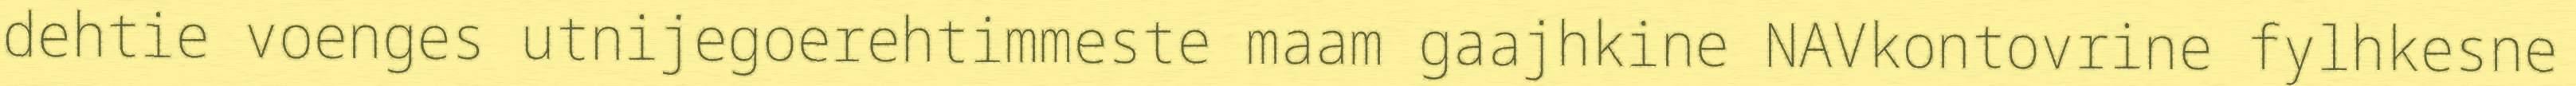
dehtie voenges utnijegoerehtimmeste maam gaajhkine NAVkontovrine fylhkesne